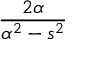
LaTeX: \frac { 2 \alpha } { \alpha ^ { 2 } - s ^ { 2 } }